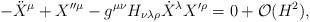
LaTeX: \begin{align*}- \ddot{X}^{\mu} + X^{\prime \prime \mu} -g^{\mu \nu} H_{\nu \lambda \rho} \dot{X}^{\lambda} X^{\prime \rho}=0 + {\cal O}(H^2),\end{align*}